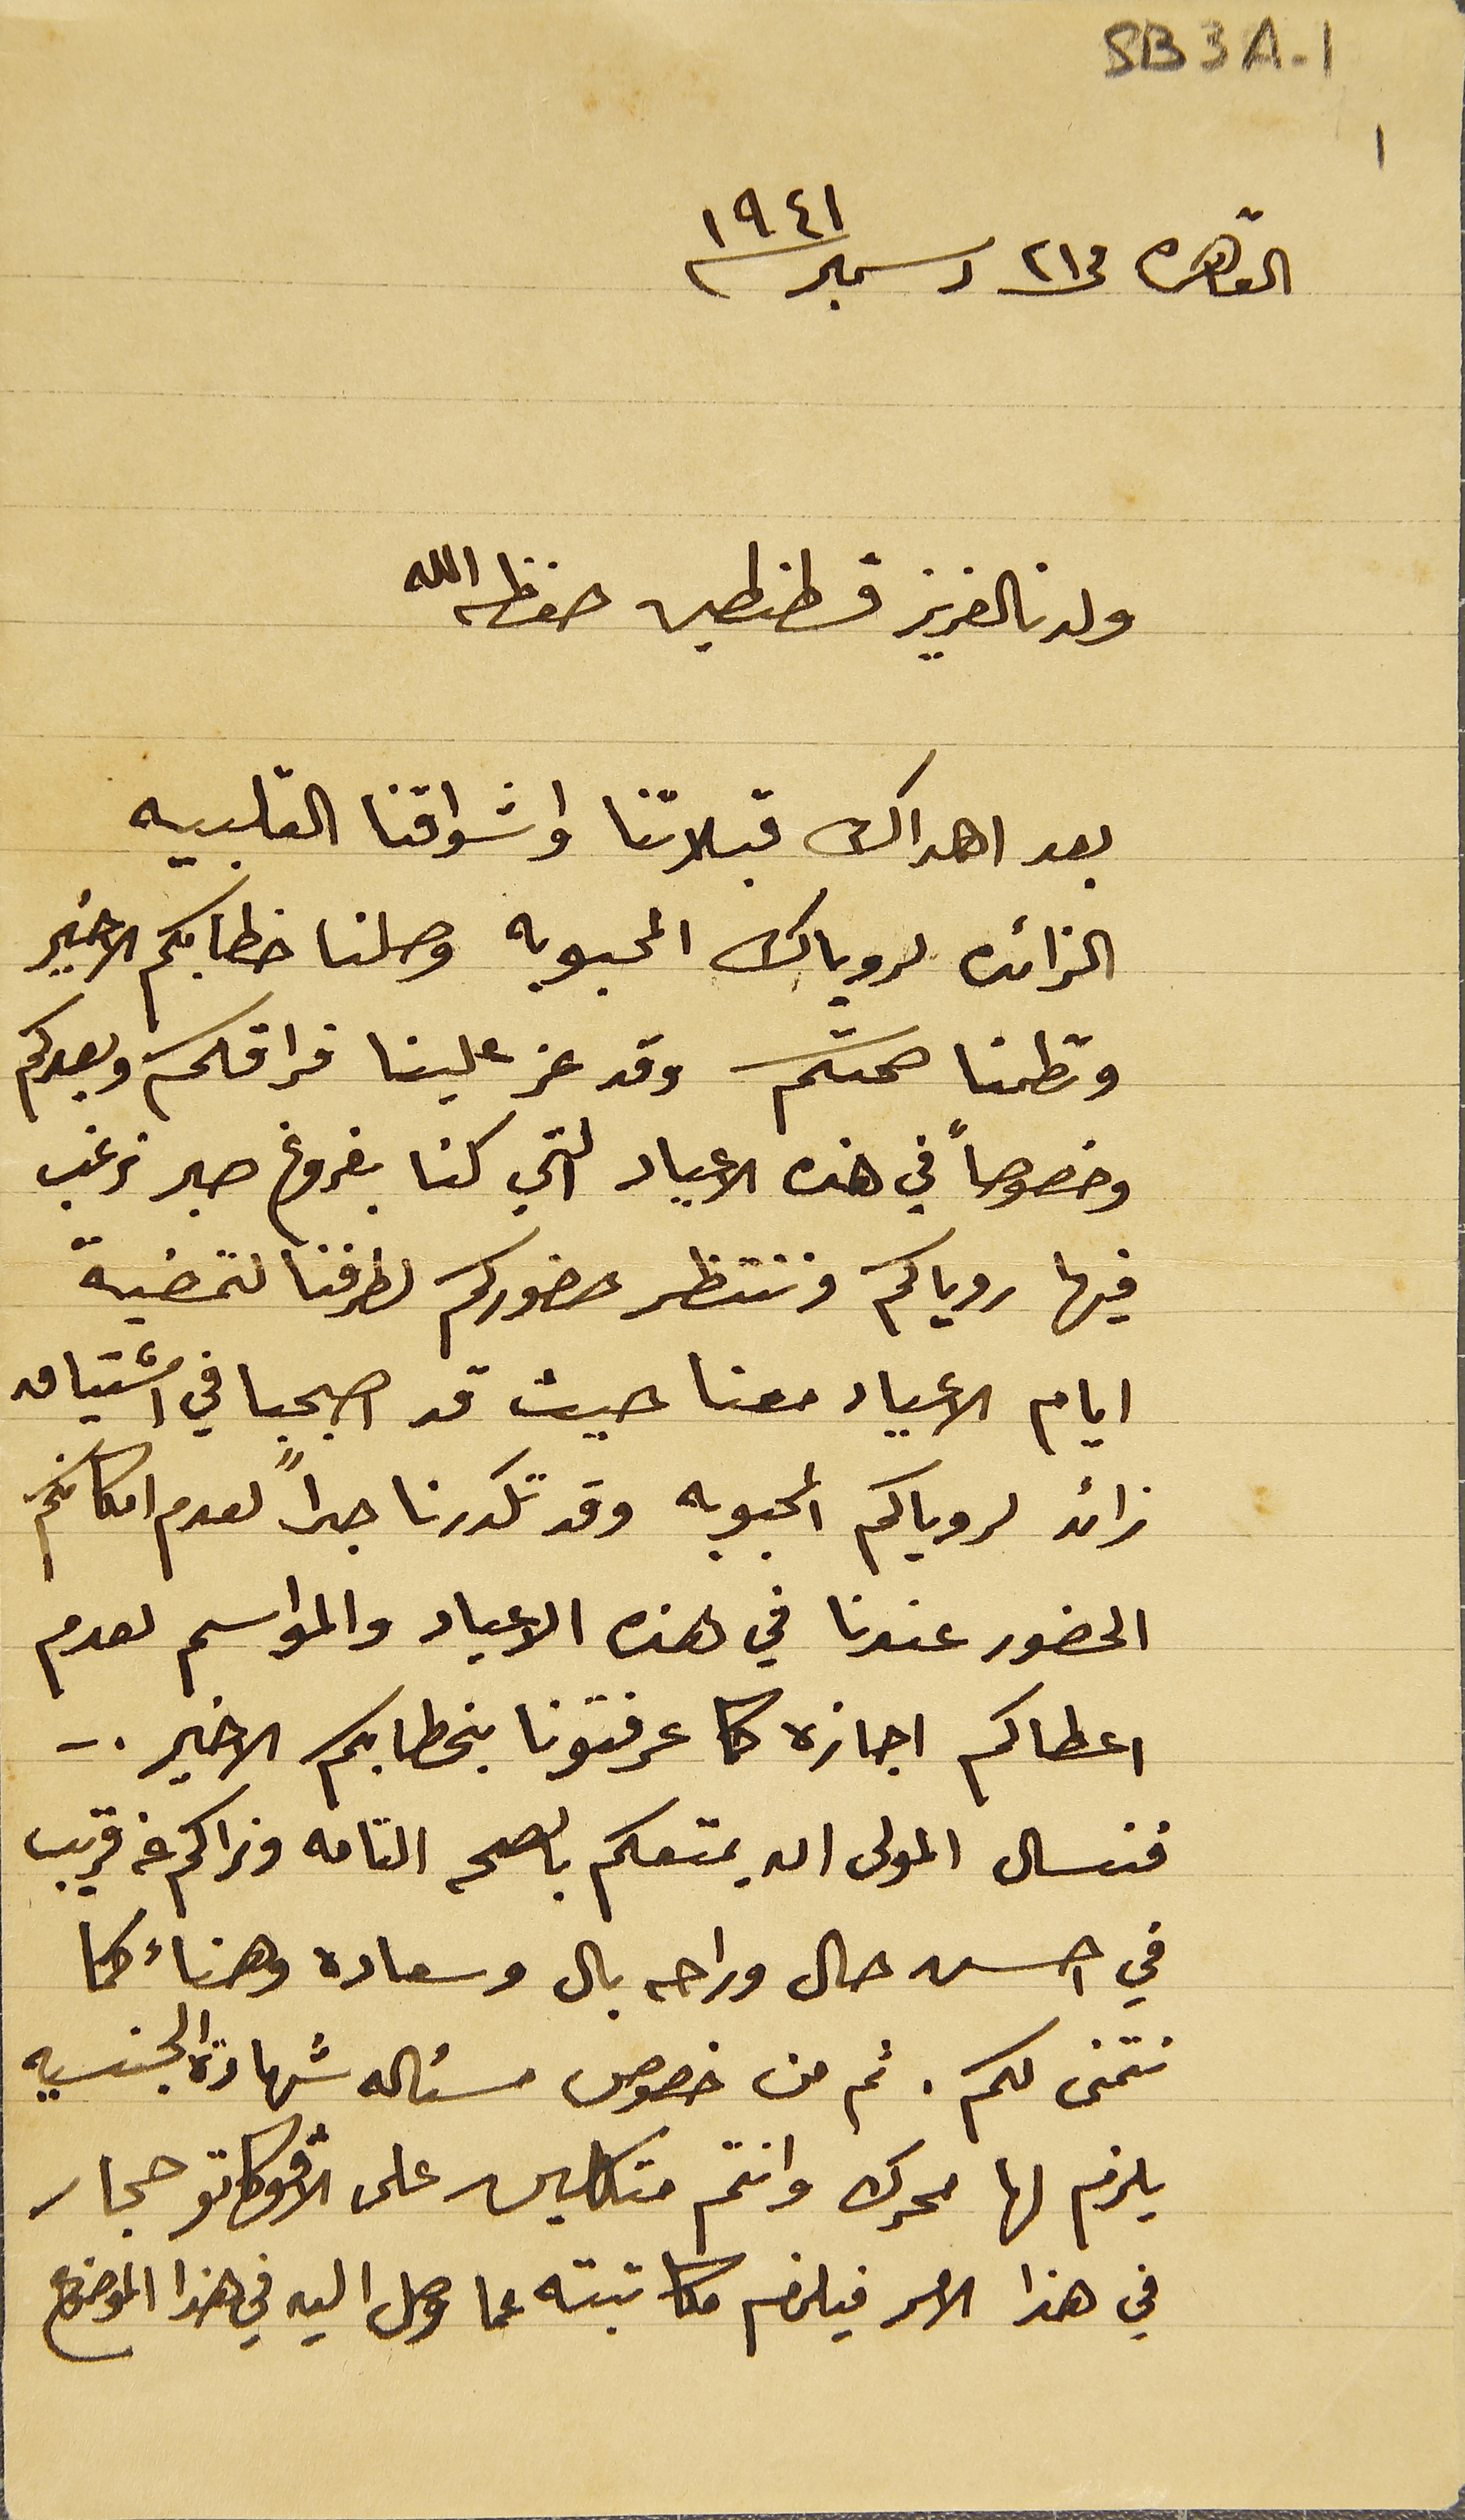
SB3A-1
القاهره  فى ٢٣ دسمبر ١٩٤١
ولدنالعزيز قسطنطين حفظه الله
بعد اهداك قبلاتنا واشواقنا القلبيه
الزائدة لروياك المحبوبه وصلنا خطابكم الاخير
وتطمنا صحتكم وقد عز علينا فراقكم وبعدكم
وخصوصاً في هذه الاعياد التي كنا بفروغ صبر نرغب
فيها روياكم وننتظر حضوركم لطرفنا لتمضية
أيام الاعياد معنا حيث قد اصبحبا في اشتياق
 زائد لروياكم المحبوبه وقد تكدرنا جداً لعدم امكانكم
الحضور عندنا في هذه الاعياد والمواسم لعدم
اعطاكم اجازه كما عرفتونا بخطابكم الأخير..
فنسال المولى ان يمتعكم بالصحه التامه ونراكم عن قريب
في احسن حال وراحه بال وسعاده وهناء كما
نتمنى لكم. ثم من خصوص مسئله شهادة الجنسيه
يلزم لها محرك وانتم متكلين على الافوكاتو حجار
في هذا الامر فيلزم مكاتبته عما وصل اليه في هذا الموضوع